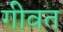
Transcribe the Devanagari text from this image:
गीवत